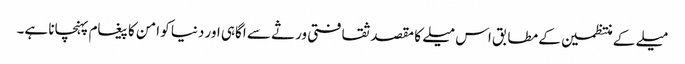
میلے کے منتظمین کے مطابق اس میلے کا مقصد ثقافتی ورثے سے اگاہی اور دنیا کو امن کا پیغام پہنچانا ہے۔